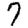
Digit: 7